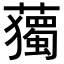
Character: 𧁿